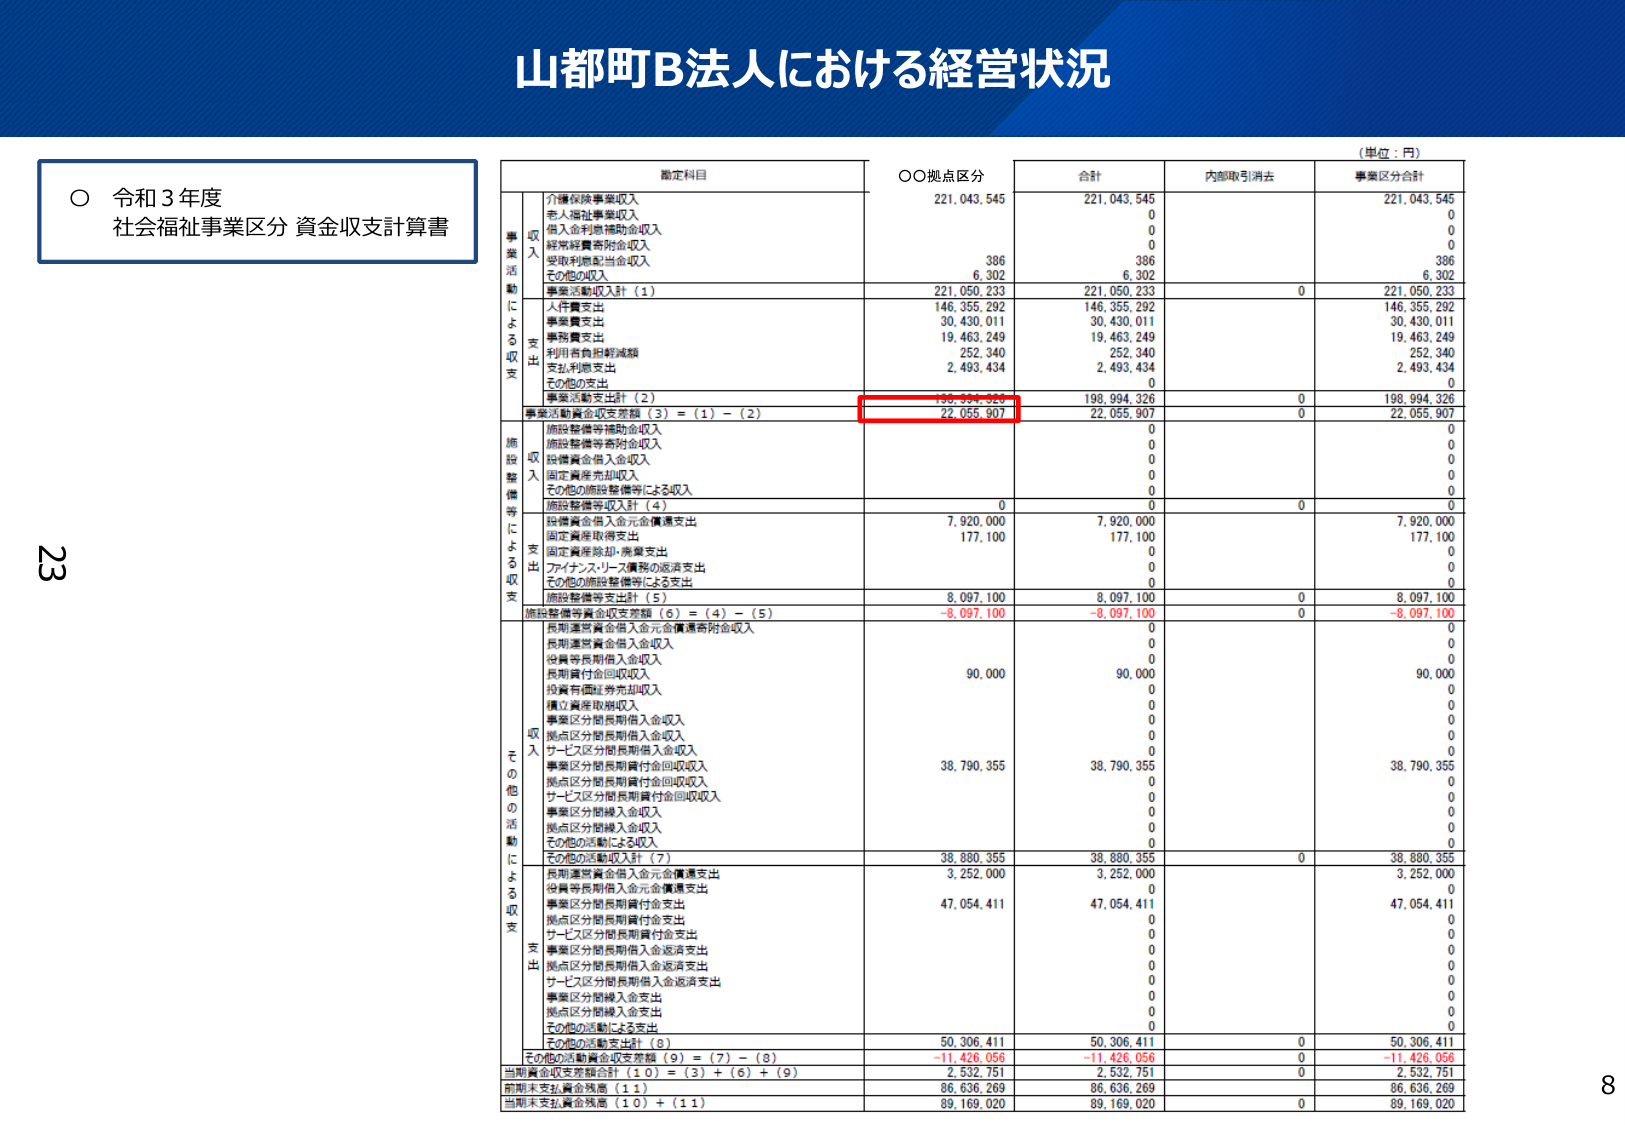
山都町B法人における経営状況

（単位：円）

○ 令和3年度
社会福祉事業区分 資金収支計算書

勘定科目
○○拠点区分
合計
内部取引消去
事業区分合計

事業活動による収支
収入
介護保険事業収入
221,043,545
221,043,545
221,043,545
老人福祉事業収入
0
0
0
借入金利息補助金収入
0
0
0
経常経費寄附金収入
0
0
0
受取利息配当金収入
386
386
386
その他の収入
6,302
6,302
6,302
事業活動収入計（1）
221,050,233
221,050,233
0
221,050,233
支出
人件費支出
146,355,292
146,355,292
146,355,292
事業費支出
30,430,011
30,430,011
30,430,011
事務費支出
19,463,249
19,463,249
19,463,249
利用者負担軽減額
252,340
252,340
252,340
支払利息支出
2,493,434
2,493,434
2,493,434
その他の支出
0
0
0
事業活動支出計（2）
198,994,326
198,994,326
0
198,994,326
事業活動資金収支差額（3）＝（1）－（2）
22,055,907
22,055,907
0
22,055,907

施設整備等による収支
収入
施設整備等補助金収入
0
0
0
施設整備等寄附金収入
0
0
0
設備資金借入金収入
0
0
0
固定資産売却収入
0
0
0
その他の施設整備等による収入
0
0
0
施設整備等収入計（4）
0
0
0
0
支出
設備資金借入金元金償還支出
7,920,000
7,920,000
7,920,000
固定資産取得支出
177,100
177,100
177,100
固定資産除却・廃棄支出
0
0
0
ファイナンス・リース債務の返済支出
0
0
0
その他の施設整備等による支出
0
0
0
施設整備等支出計（5）
8,097,100
8,097,100
0
8,097,100
施設整備等資金収支差額（6）＝（4）－（5）
-8,097,100
-8,097,100
0
-8,097,100

その他の活動による収支
収入
長期運営資金借入金元金償還寄附金収入
0
0
0
長期運営資金借入金収入
0
0
0
役員等長期借入金収入
0
0
0
長期貸付金回収収入
90,000
90,000
90,000
投資有価証券売却収入
0
0
0
積立資産取崩収入
0
0
0
事業区分間長期借入金収入
0
0
0
拠点区分間長期借入金収入
0
0
0
サービス区分間長期借入金収入
0
0
0
事業区分間長期貸付金回収収入
38,790,355
38,790,355
38,790,355
拠点区分間長期貸付金回収収入
0
0
0
サービス区分間長期貸付金回収収入
0
0
0
事業区分間繰入金収入
0
0
0
拠点区分間繰入金収入
0
0
0
その他の活動による収入
0
0
0
その他の活動収入計（7）
38,880,355
38,880,355
0
38,880,355
支出
長期運営資金借入金元金償還支出
3,252,000
3,252,000
3,252,000
役員等長期借入金元金償還支出
0
0
0
事業区分間長期貸付金支出
47,054,411
47,054,411
47,054,411
拠点区分間長期貸付金支出
0
0
0
サービス区分間長期貸付金支出
0
0
0
事業区分間長期借入金返済支出
0
0
0
拠点区分間長期借入金返済支出
0
0
0
サービス区分間長期借入金返済支出
0
0
0
事業区分間繰入金支出
0
0
0
拠点区分間繰入金支出
0
0
0
その他の活動による支出
0
0
0
その他の活動支出計（8）
50,306,411
50,306,411
0
50,306,411
その他の活動資金収支差額（9）＝（7）－（8）
-11,426,056
-11,426,056
0
-11,426,056

当期資金収支差額合計（10）＝（3）＋（6）＋（9）
2,532,751
2,532,751
0
2,532,751
前期末支払資金残高（11）
86,636,269
86,636,269
86,636,269
当期末支払資金残高（10）＋（11）
89,169,020
89,169,020
0
89,169,020

23
8